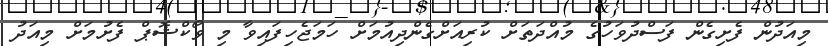
މިއަދުން ފެށިގެން ފަސްދުވަހުގެ މުއްދަތަށް ކުރިއަށްގެންދިއުމަށް ހަމަޖެހިފައިވާ މި ވޯކްޝޮޕް ފެށުމަށް މިއަދު